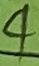
Text: 4